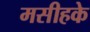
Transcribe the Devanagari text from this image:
मसीहके